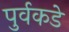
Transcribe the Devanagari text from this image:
पुर्वकडे